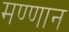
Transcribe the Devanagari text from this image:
मण्णान